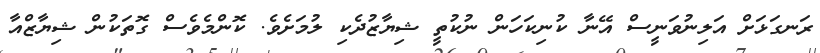
ރަނގަޅަށް އަލިނުވަނީސް އޭނާ ކުނިކަހަން ނުކުތީ ޝިޔާޒުދެކި ލުމަށެވެ. ކޮންމެވެސް ގޮތަކުން ޝިޔާޒްއާ